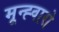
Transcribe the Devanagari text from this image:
मून्ह्वारो